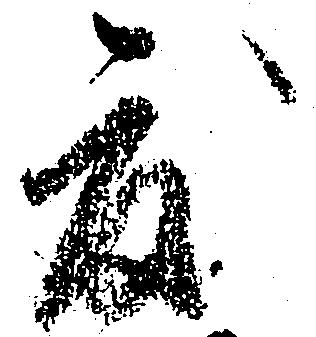
度